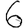
Digit: 6